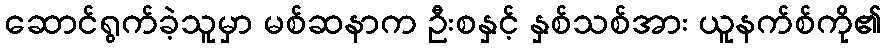
ဆောင်ရွက်ခဲ့သူမှာ မစ်ဆနာက ဦးစနှင့် နှစ်သစ်အား ယူနက်စ်ကို၏